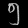
Digit: ၅